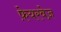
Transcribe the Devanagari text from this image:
फ़ेयरवेज़